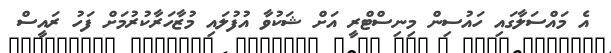
އެ މައްސަލާގައި ހައުސިން މިނިސްޓްރީ އަށް ޝަކުވާ އުފުލައި މުޒާހަރާކުރުމަށް ފަހު ރައީސް